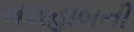
મશહાબની